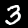
Label: 3